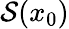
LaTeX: {\mathcal{S}}(x_{0})